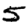
Digit: 5